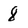
Character: 8